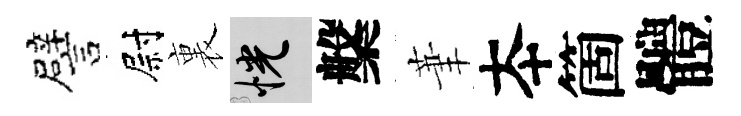
譬尉裏恍槃茟夲箇體